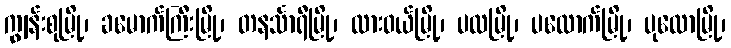
ကျွန်းစုမြို့၊ ခမောက်ကြီးမြို့၊ တနင်္သာရီမြို့၊ ထားဝယ်မြို့၊ ပလမြို့၊ ပလောက်မြို့၊ ပုလောမြို့၊